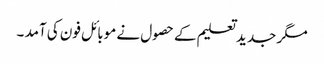
مگر جدید تعلیم کے حصول نے موبائل فون کی آمد ۔